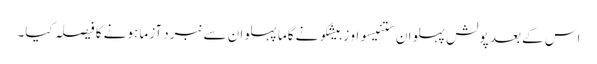
اس کے بعد پولش پہلوان ستنیسواو زبیشکو نے گاما پہلوان سے نبرد آزما ہونے کا فیصلہ کیا۔